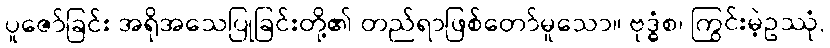
ပူဇော်ခြင်း အရိုအသေပြုခြင်းတို့၏ တည်ရာဖြစ်တော်မူသော။ ဗုဒ္ဓံစ၊ ကြွင်းမဲ့ဥဿုံ,